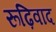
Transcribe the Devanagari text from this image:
रूढ़िवाद